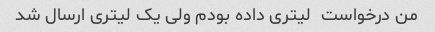
من درخواست  لیتری داده بودم ولی یک لیتری ارسال شد